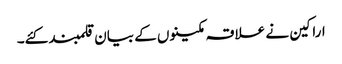
اراکین نے علاقہ مکینوں کے بیان قلمبند کئے۔